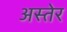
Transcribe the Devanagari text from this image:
अस्तेर